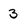
Character: 3